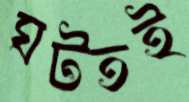
ঘটতই